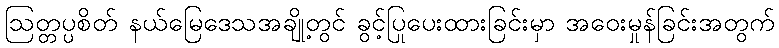
ဩတ္တပ္ပစိတ် နယ်မြေဒေသအချို့တွင် ခွင့်ပြုပေးထားခြင်းမှာ အဝေးမှုန်ခြင်းအတွက်